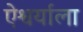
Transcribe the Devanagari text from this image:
ऐश्वर्याला